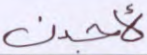
لأجدن